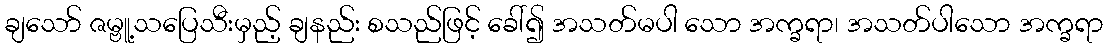
ချသော် ဇမ္ဗူ့သပြေသီးမှည့် ချနည်း စသည်ဖြင့် ခေါ်၍ အသတ်မပါ သော အက္ခရာ၊ အသတ်ပါသော အက္ခရာ